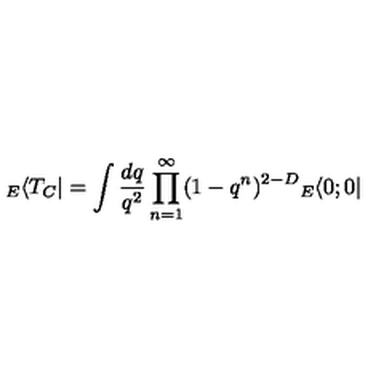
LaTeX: { } _ { E } \langle T _ { C } | = \int \frac { d q } { q ^ { 2 } } \prod _ { n = 1 } ^ { \infty } ( 1 - q ^ { n } ) ^ { 2 - D } { } _ { E } \langle 0 ; 0 |